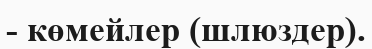
- көмейлер (шлюздер).